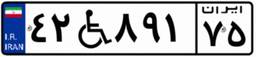
۴۲W۸۹۱۷۵